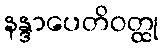
နန္ဒာပေတိဝတ္ထု